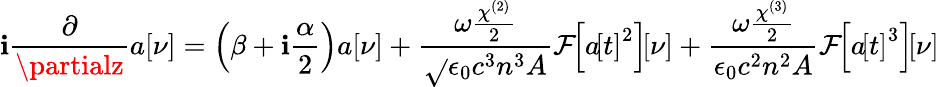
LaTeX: \mathbf{i}\frac{{\partial}}{{\partialz}}a\! \left[\nu\right]=\left(\beta+\mathbf{i}\frac{{\alpha}}{{2}}\right)a\! \left[\nu\right]+\frac{{\omega\frac{{\chi^{(2)}}}{{2}}}}{{\sqrt{}{{\epsilon_{0}c^{3}n^{3}A}}}}\mathcal{{F}}\! \! \left[a\! \left[t\right]^{2}\right]\! \! \left[\nu\right]+\frac{{\omega\frac{{\chi^{(3)}}}{{2}}}}{{\epsilon_{0}c^{2}n^{2}A}}\mathcal{{F}}\! \! \left[a\! \left[t\right]^{3}\right]\! \! \left[\nu\right]